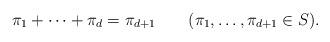
LaTeX: \begin{align*} \pi_1 + \cdots + \pi_d = \pi_{d+1} \qquad(\pi_1,\dots,\pi_{d+1}\in S).\end{align*}